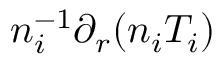
n _ { i } ^ { - 1 } \partial _ { r } ( n _ { i } T _ { i } )